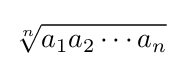
{\sqrt[{n}]{a_{1}a_{2}\cdots a_{n}{\vphantom {t}}}}